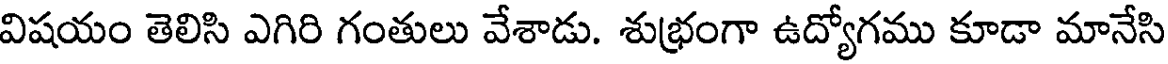
విషయం తెలిసి ఎగిరి గంతులు వేశాడు. శుభ్రంగా ఉద్యోగము కూడా మానేసి